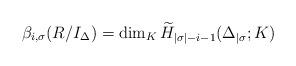
LaTeX: \begin{align*} \beta_{i,\sigma}(R/I_\Delta)=\dim_K \widetilde{H}_{|\sigma|-i-1}(\Delta_{\mid \sigma};K) \end{align*}